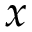
x